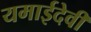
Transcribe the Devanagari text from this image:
यमाईदेवी